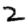
Digit: 2